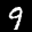
Label: 9